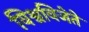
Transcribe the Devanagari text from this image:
विश्वविजेते